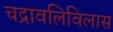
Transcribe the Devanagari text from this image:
चद्रावलिविलास